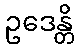
ဥဒေန္တိ